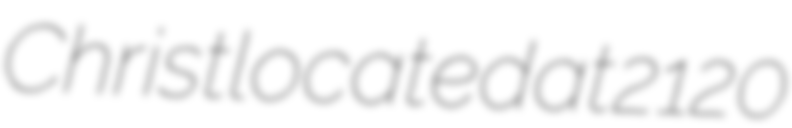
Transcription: Christ located at 2120